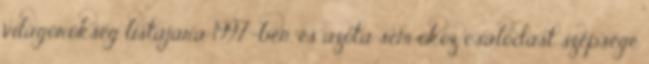
világörökség listájára 1997-ben, és azóta sem okoz csalódást szépsége